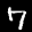
Label: 7